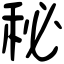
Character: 秘